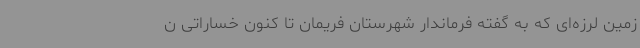
زمین لرزه‌ای که به گفته فرماندار شهرستان فریمان تا کنون خساراتی ن